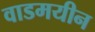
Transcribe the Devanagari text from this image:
वाडमयीन